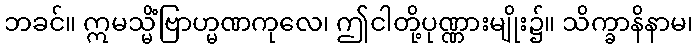
ဘခင်။ ဣမသ္မိံဗြာဟ္မဏကုလေ၊ ဤငါတို့ပုဏ္ဏားမျိုး၌။ သိက္ခာနိနာမ၊